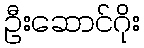
ဦးဆောင်ဂိုး